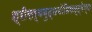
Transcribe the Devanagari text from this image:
श्रीसर्वबुद्धबोधिसत्त्वेभ्यः